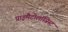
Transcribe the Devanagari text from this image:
प्राइमैटोलॉजिस्ट